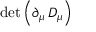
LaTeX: \operatorname* { d e t } \left( \partial _ { \mu } \, D _ { \mu } \right)